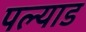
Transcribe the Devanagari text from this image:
पल्याड